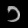
Digit: ၁